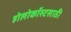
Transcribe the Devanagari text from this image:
होलोकॉस्टसाठी